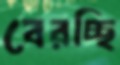
বেরচ্ছি